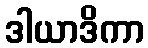
ဒါယာဒိကာ